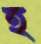
হ